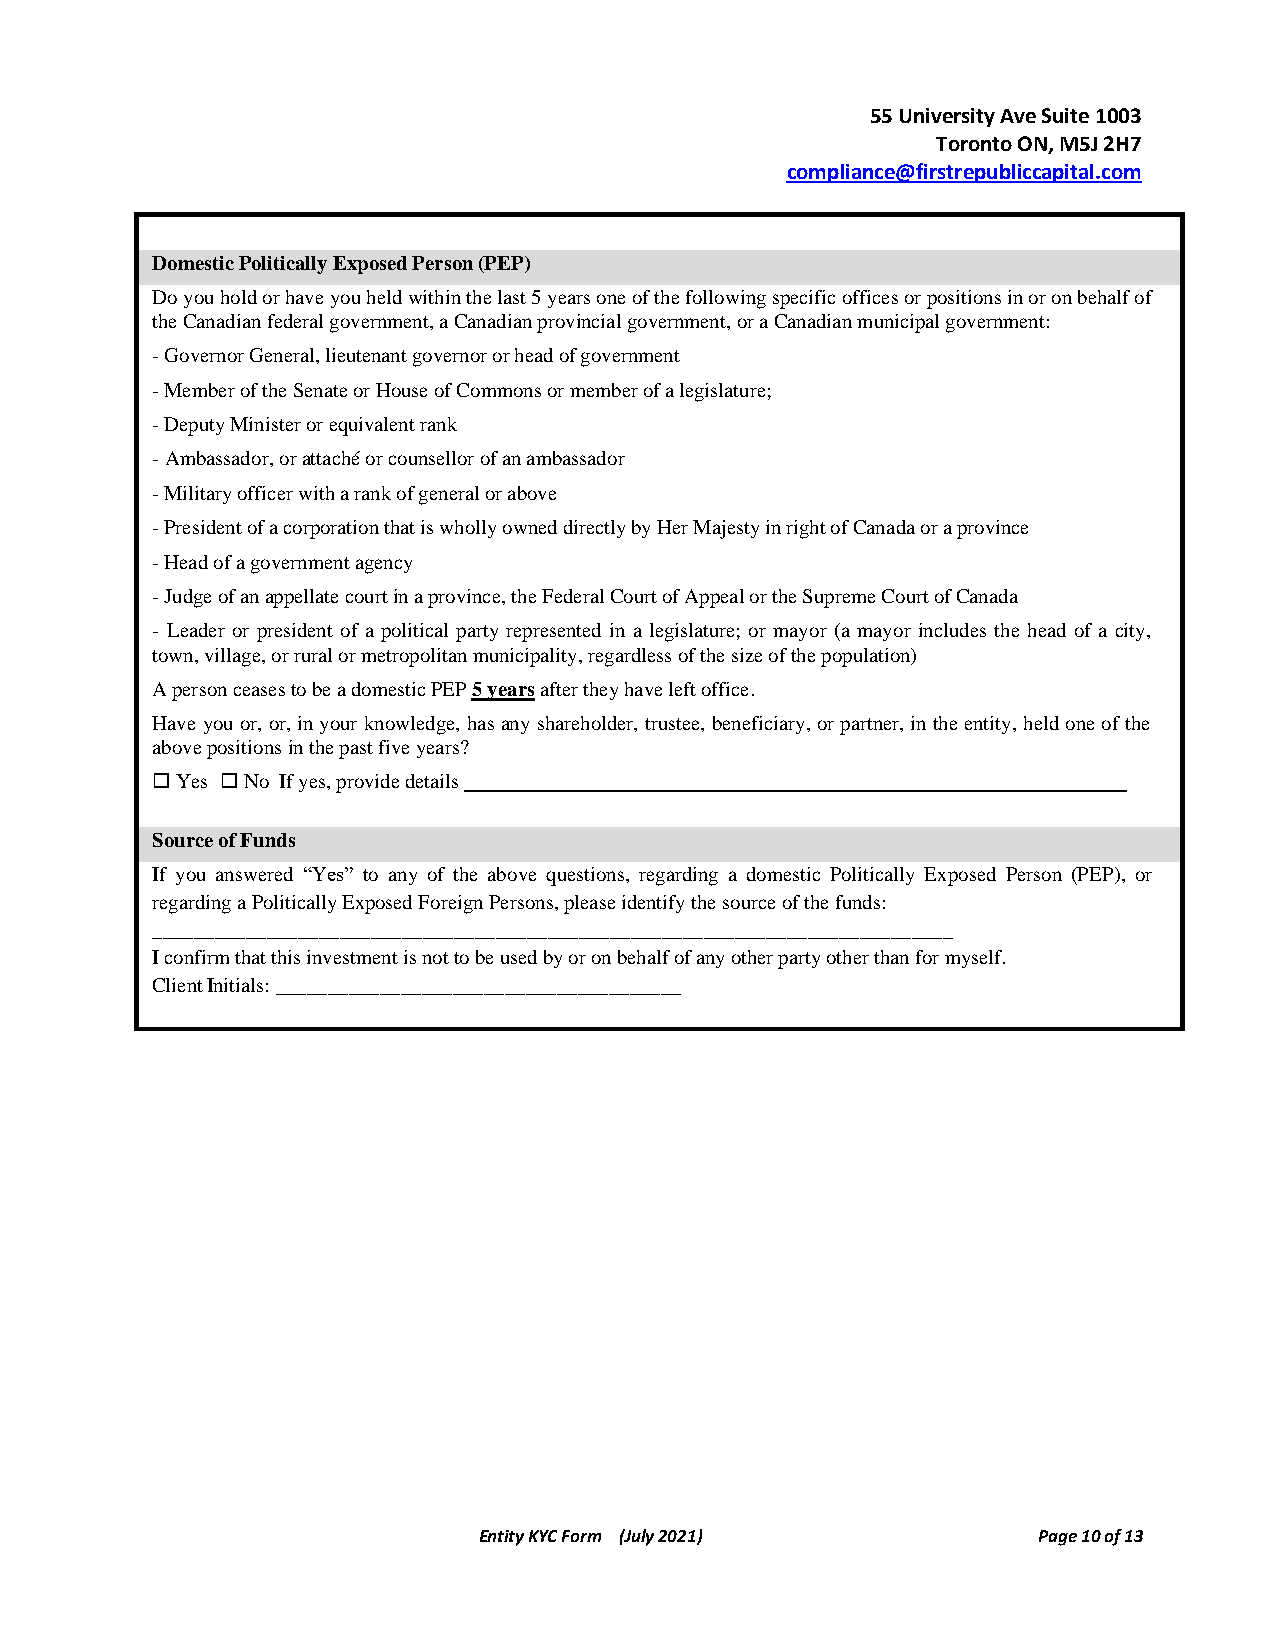
55 University Ave Suite 1003
 Toronto ON, M5J 2H7
 compliance@firstrepubliccapital.com
 Domestic Politically Exposed Person (PEP)
 Do you hold or have you held within the last 5 years one of the following specific offices or positions in or on behalf of
 the Canadian federal government, a Canadian provincial government, or a Canadian municipal government:
 - Governor General, lieutenant governor or head of government
 - Member of the Senate or House of Commons or member of a legislature;
 - Deputy Minister or equivalent rank
 - Ambassador, or attaché or counsellor of an ambassador
 - Military officer with a rank of general or above
 - President of a corporation that is wholly owned directly by Her Majesty in right of Canada or a province
 - Head of a government agency
 - Judge of an appellate court in a province, the Federal Court of Appeal or the Supreme Court of Canada
 - Leader or president of a political party represented in a legislature; or mayor (a mayor includes the head of a city,
 town, village, or rural or metropolitan municipality, regardless of the size of the population)
 A person ceases to be a domestic PEP 5 years after they have left office.
 Have you or, or, in your knowledge, has any shareholder, trustee, beneficiary, or partner, in the entity, held one of the
 above positions in the past five years?
  Yes  No If yes, provide details
 Source of Funds
 If you answered “Yes” to any of the above questions, regarding a domestic Politically Exposed Person (PEP), or
 regarding a Politically Exposed Foreign Persons, please identify the source of the funds:
 _____________________________________________________________________________
 I confirm that this investment is not to be used by or on behalf of any other party other than for myself.
 Client Initials: _______________________________________
 Entity KYC Form (July 2021)          Page 10 of 13